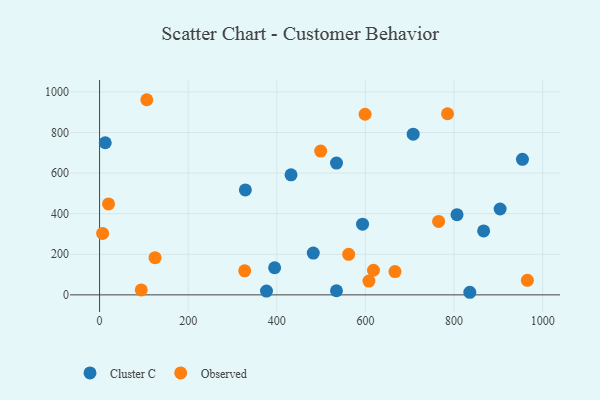
{"axis": {"x": "Experience", "y": "Fuel Efficiency"}, "legend": ["Cluster C", "Observed"], "data": [{"x": "329.0", "y": 517.2, "type": "Cluster C"}, {"x": "866.8", "y": 314.8, "type": "Cluster C"}, {"x": "395.1", "y": 133.5, "type": "Cluster C"}, {"x": "534.7", "y": 20.4, "type": "Cluster C"}, {"x": "12.8", "y": 749.3, "type": "Cluster C"}, {"x": "835.6", "y": 12.8, "type": "Cluster C"}, {"x": "376.7", "y": 18.6, "type": "Cluster C"}, {"x": "593.5", "y": 348.1, "type": "Cluster C"}, {"x": "707.8", "y": 791.5, "type": "Cluster C"}, {"x": "534.7", "y": 649.1, "type": "Cluster C"}, {"x": "954.4", "y": 667.8, "type": "Cluster C"}, {"x": "482.3", "y": 205.7, "type": "Cluster C"}, {"x": "432.1", "y": 591.3, "type": "Cluster C"}, {"x": "904.0", "y": 422.9, "type": "Cluster C"}, {"x": "806.7", "y": 395.2, "type": "Cluster C"}, {"x": "6.9", "y": 302.9, "type": "Observed"}, {"x": "106.6", "y": 961.3, "type": "Observed"}, {"x": "94.1", "y": 24.4, "type": "Observed"}, {"x": "327.5", "y": 118.5, "type": "Observed"}, {"x": "785.3", "y": 892.2, "type": "Observed"}, {"x": "618.2", "y": 121.2, "type": "Observed"}, {"x": "599.3", "y": 889.8, "type": "Observed"}, {"x": "20.2", "y": 448.2, "type": "Observed"}, {"x": "965.5", "y": 71.8, "type": "Observed"}, {"x": "499.0", "y": 708.2, "type": "Observed"}, {"x": "562.2", "y": 199.8, "type": "Observed"}, {"x": "666.7", "y": 114.8, "type": "Observed"}, {"x": "125.2", "y": 183.2, "type": "Observed"}, {"x": "607.9", "y": 67.8, "type": "Observed"}, {"x": "765.2", "y": 361.8, "type": "Observed"}]}